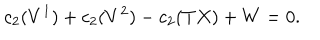
c _ { 2 } ( V ^ { 1 } ) + c _ { 2 } ( V ^ { 2 } ) - c _ { 2 } ( T X ) + W = 0 .